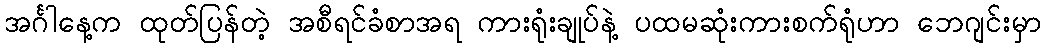
အင်္ဂါနေ့က ထုတ်ပြန်တဲ့ အစီရင်ခံစာအရ ကားရုံးချုပ်နဲ့ ပထမဆုံးကားစက်ရုံဟာ ဘေဂျင်းမှာ